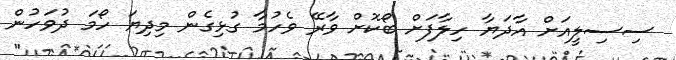
ސިސިލީއަށް އާދަޔާ ހިލާފަށް ބޯކޮށް ވާރޭ ވެހުމާ ގުޅިގެން މިދިޔަ ހޯމަ ދުވަހުން